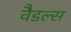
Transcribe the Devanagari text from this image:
वैडल्स